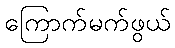
ကြောက်မက်ဖွယ်